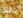
ذلك